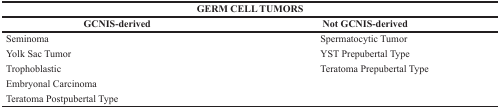
<table><thead><tr><td colspan="2"><b>GERM CELL TUMORS</b></td></tr><tr><td><b>GCNIS-derived</b></td><td><b>Not GCNIS-derived</b></td></tr></thead><tbody><tr><td>Seminoma</td><td>Spermatocytic Tumor</td></tr><tr><td>Yolk Sac Tumor</td><td>YST Prepubertal Type</td></tr><tr><td>Trophoblastic</td><td>Teratoma Prepubertal Type</td></tr><tr><td>Embryonal Carcinoma</td><td></td></tr><tr><td>Teratoma Postpubertal Type</td><td></td></tr></tbody></table>